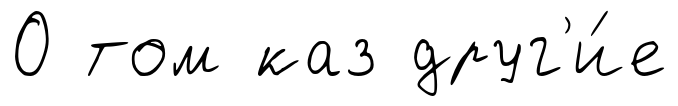
О том каз друг'и́е